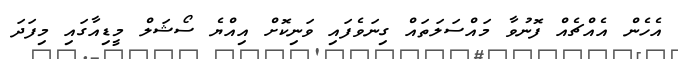
އެހެން އެއްޗެއް ފޮނުވާ މައްސަލަތައް ގިނަވެފައި ވަނިކޮށް އިއްޔެ ސޯޝަލް މީޑިއާގައި މިފަދަ